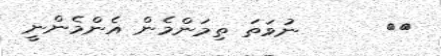
٤٤      ނުވަތަ ތިމަންމެން އެންމެންނީ